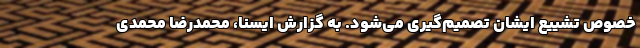
خصوص تشییع ایشان تصمیم‌گیری می‌شود. به گزارش ایسنا، محمدرضا محمدی